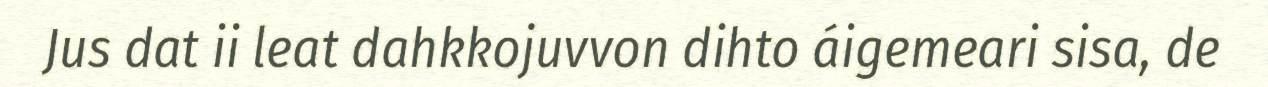
Jus dat ii leat dahkkojuvvon dihto áigemeari sisa, de